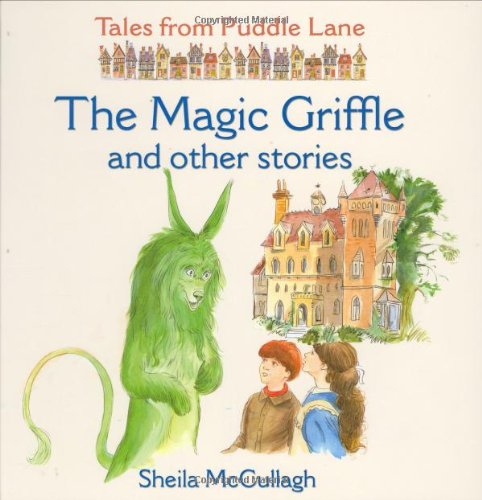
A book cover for The Magic Griffle and Other Stories (Tales from Puddle Lane); Sheila K. McCullagh; Science Fiction & Fantasy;